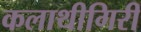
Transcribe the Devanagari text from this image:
कलाथीगिरी